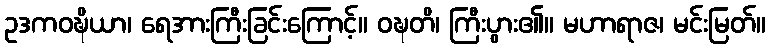
ဥဒကဝဍ္ဎိယာ၊ ရေအားကြီးခြင်းကြောင့်။ ဝဍ္ဎတိ၊ ကြီးပွား၏။ မဟာရာဇ၊ မင်းမြတ်။